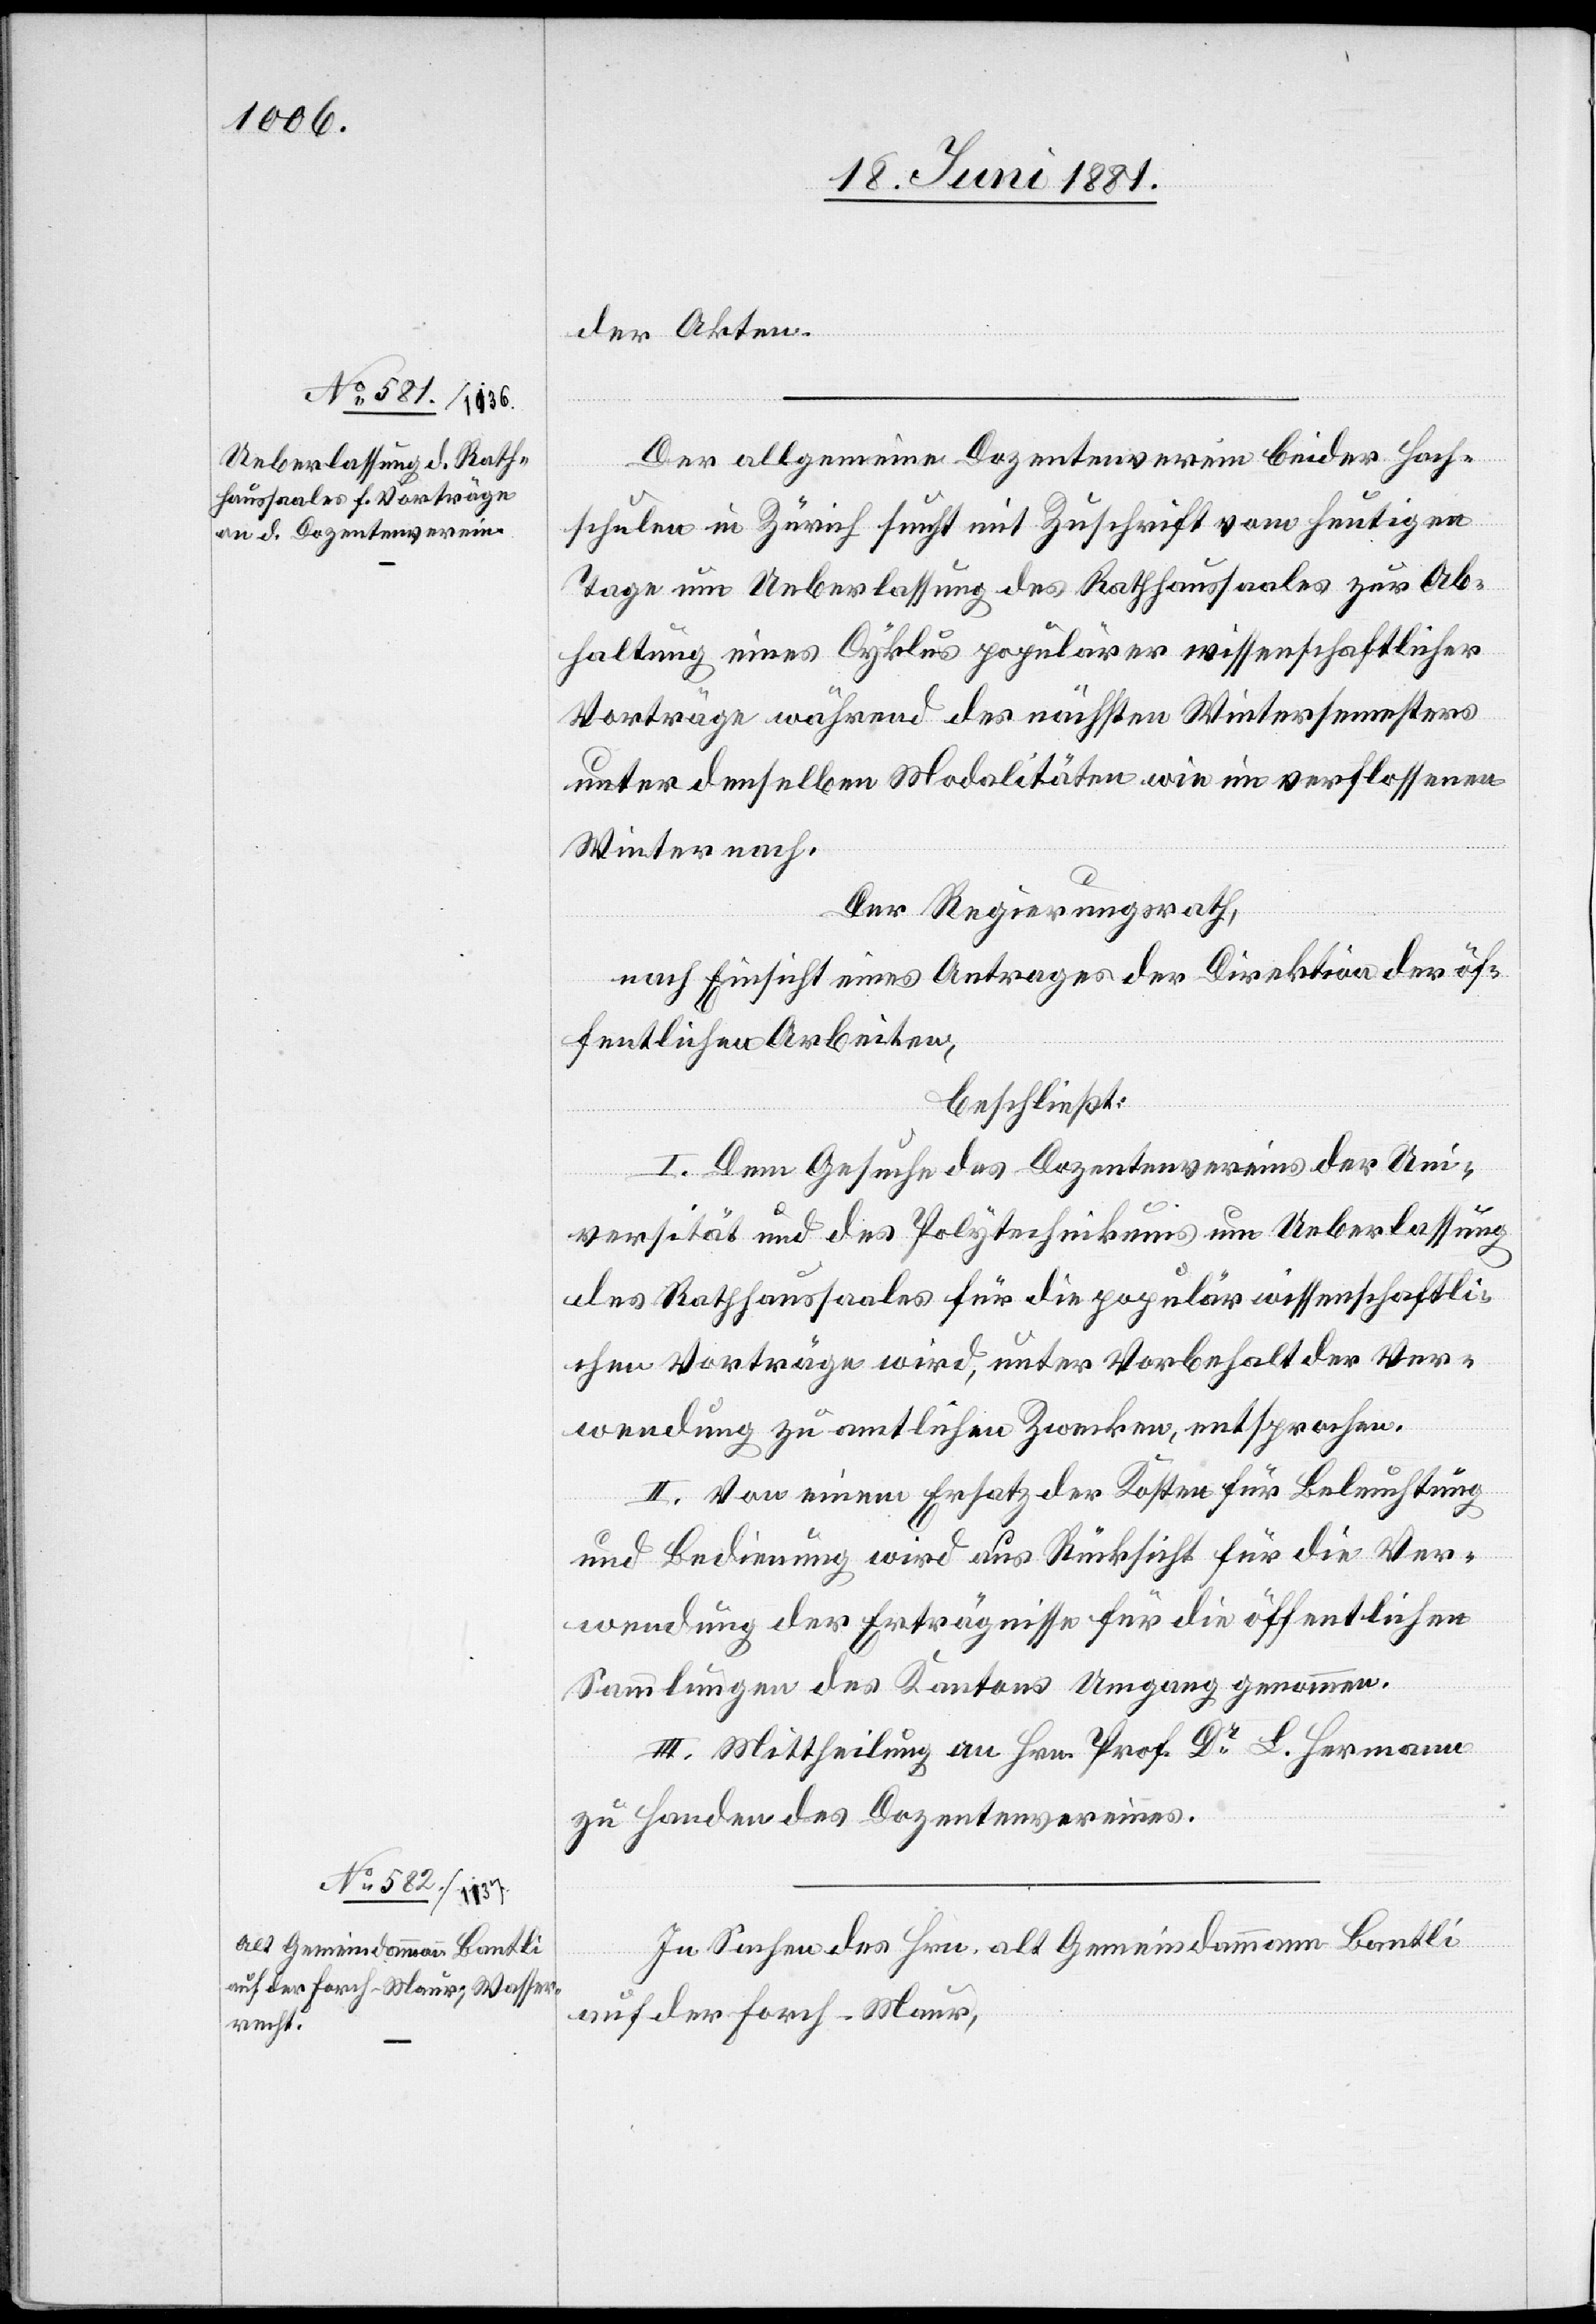
der Akten.
Der allgemeine Dozentenverein beider Hoch¬
schulen in Zürich sucht mit Zuschrift vom heutigen
Tage um Ueberlassung des Rathhaussaales zur Ab¬
haltung eines Zyklus populärer wissenschaftlicher
Vorträge während des nächsten Wintersemesters
unter denselben Modalitäten wie im verflossenen
Winter nach.
Der Regierungsrath,
nach Einsicht eines Antrages der Direktion der öf¬
fentlichen Arbeiten,
beschließt:
I. Dem Gesuche des Dozentenvereins der Uni¬
versität und des Polytechnikums um Ueberlassung
des Rathhaussaales für die populärwissenschaftli¬
chen Vorträge wird, unter Vorbehalt der Ver¬
wendung zu amtlichen Zwecken, entsprochen.
II. Von einem Ersatz der Kosten für Beleuchtung
und Bedienung wird aus Rücksicht für die Ver¬
wendung der Erträgnisse für die öffentlichen
Sammlungen des Kantons Umgang genommen.
III. Mittheilung an Hrn. Prof. Dr L. Hermann
zu Handen des Dozentenvereines.
In Sachen des Hrn. alt Gemeindammann Bantli
auf der Forch - Maur,